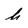
Character: h